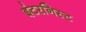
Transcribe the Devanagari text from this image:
इंटरनिस्ट